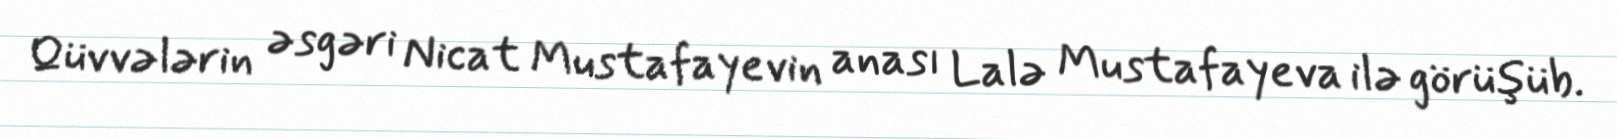
Qüvvələrin əsgəri Nicat Mustafayevin anası Lalə Mustafayeva ilə görüşüb.